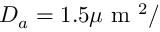
D _ { a } = 1 . 5 \mu \mathrm { ~ m ~ } ^ { 2 } /